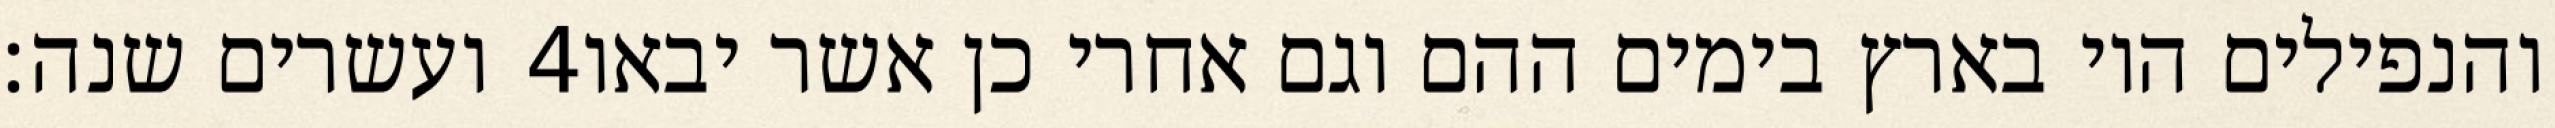
ועשרים שנה׃ ‎4‏ והנפילים היו בארץ בימים ההם וגם אחרי כן אשר יבאו